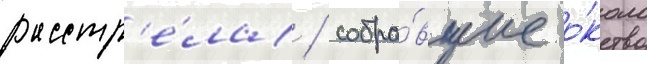
расстр'е́ла / собра́вшие о́коло